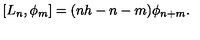
[ L _ { n } , \phi _ { m } ] = ( n h - n - m ) \phi _ { n + m } .